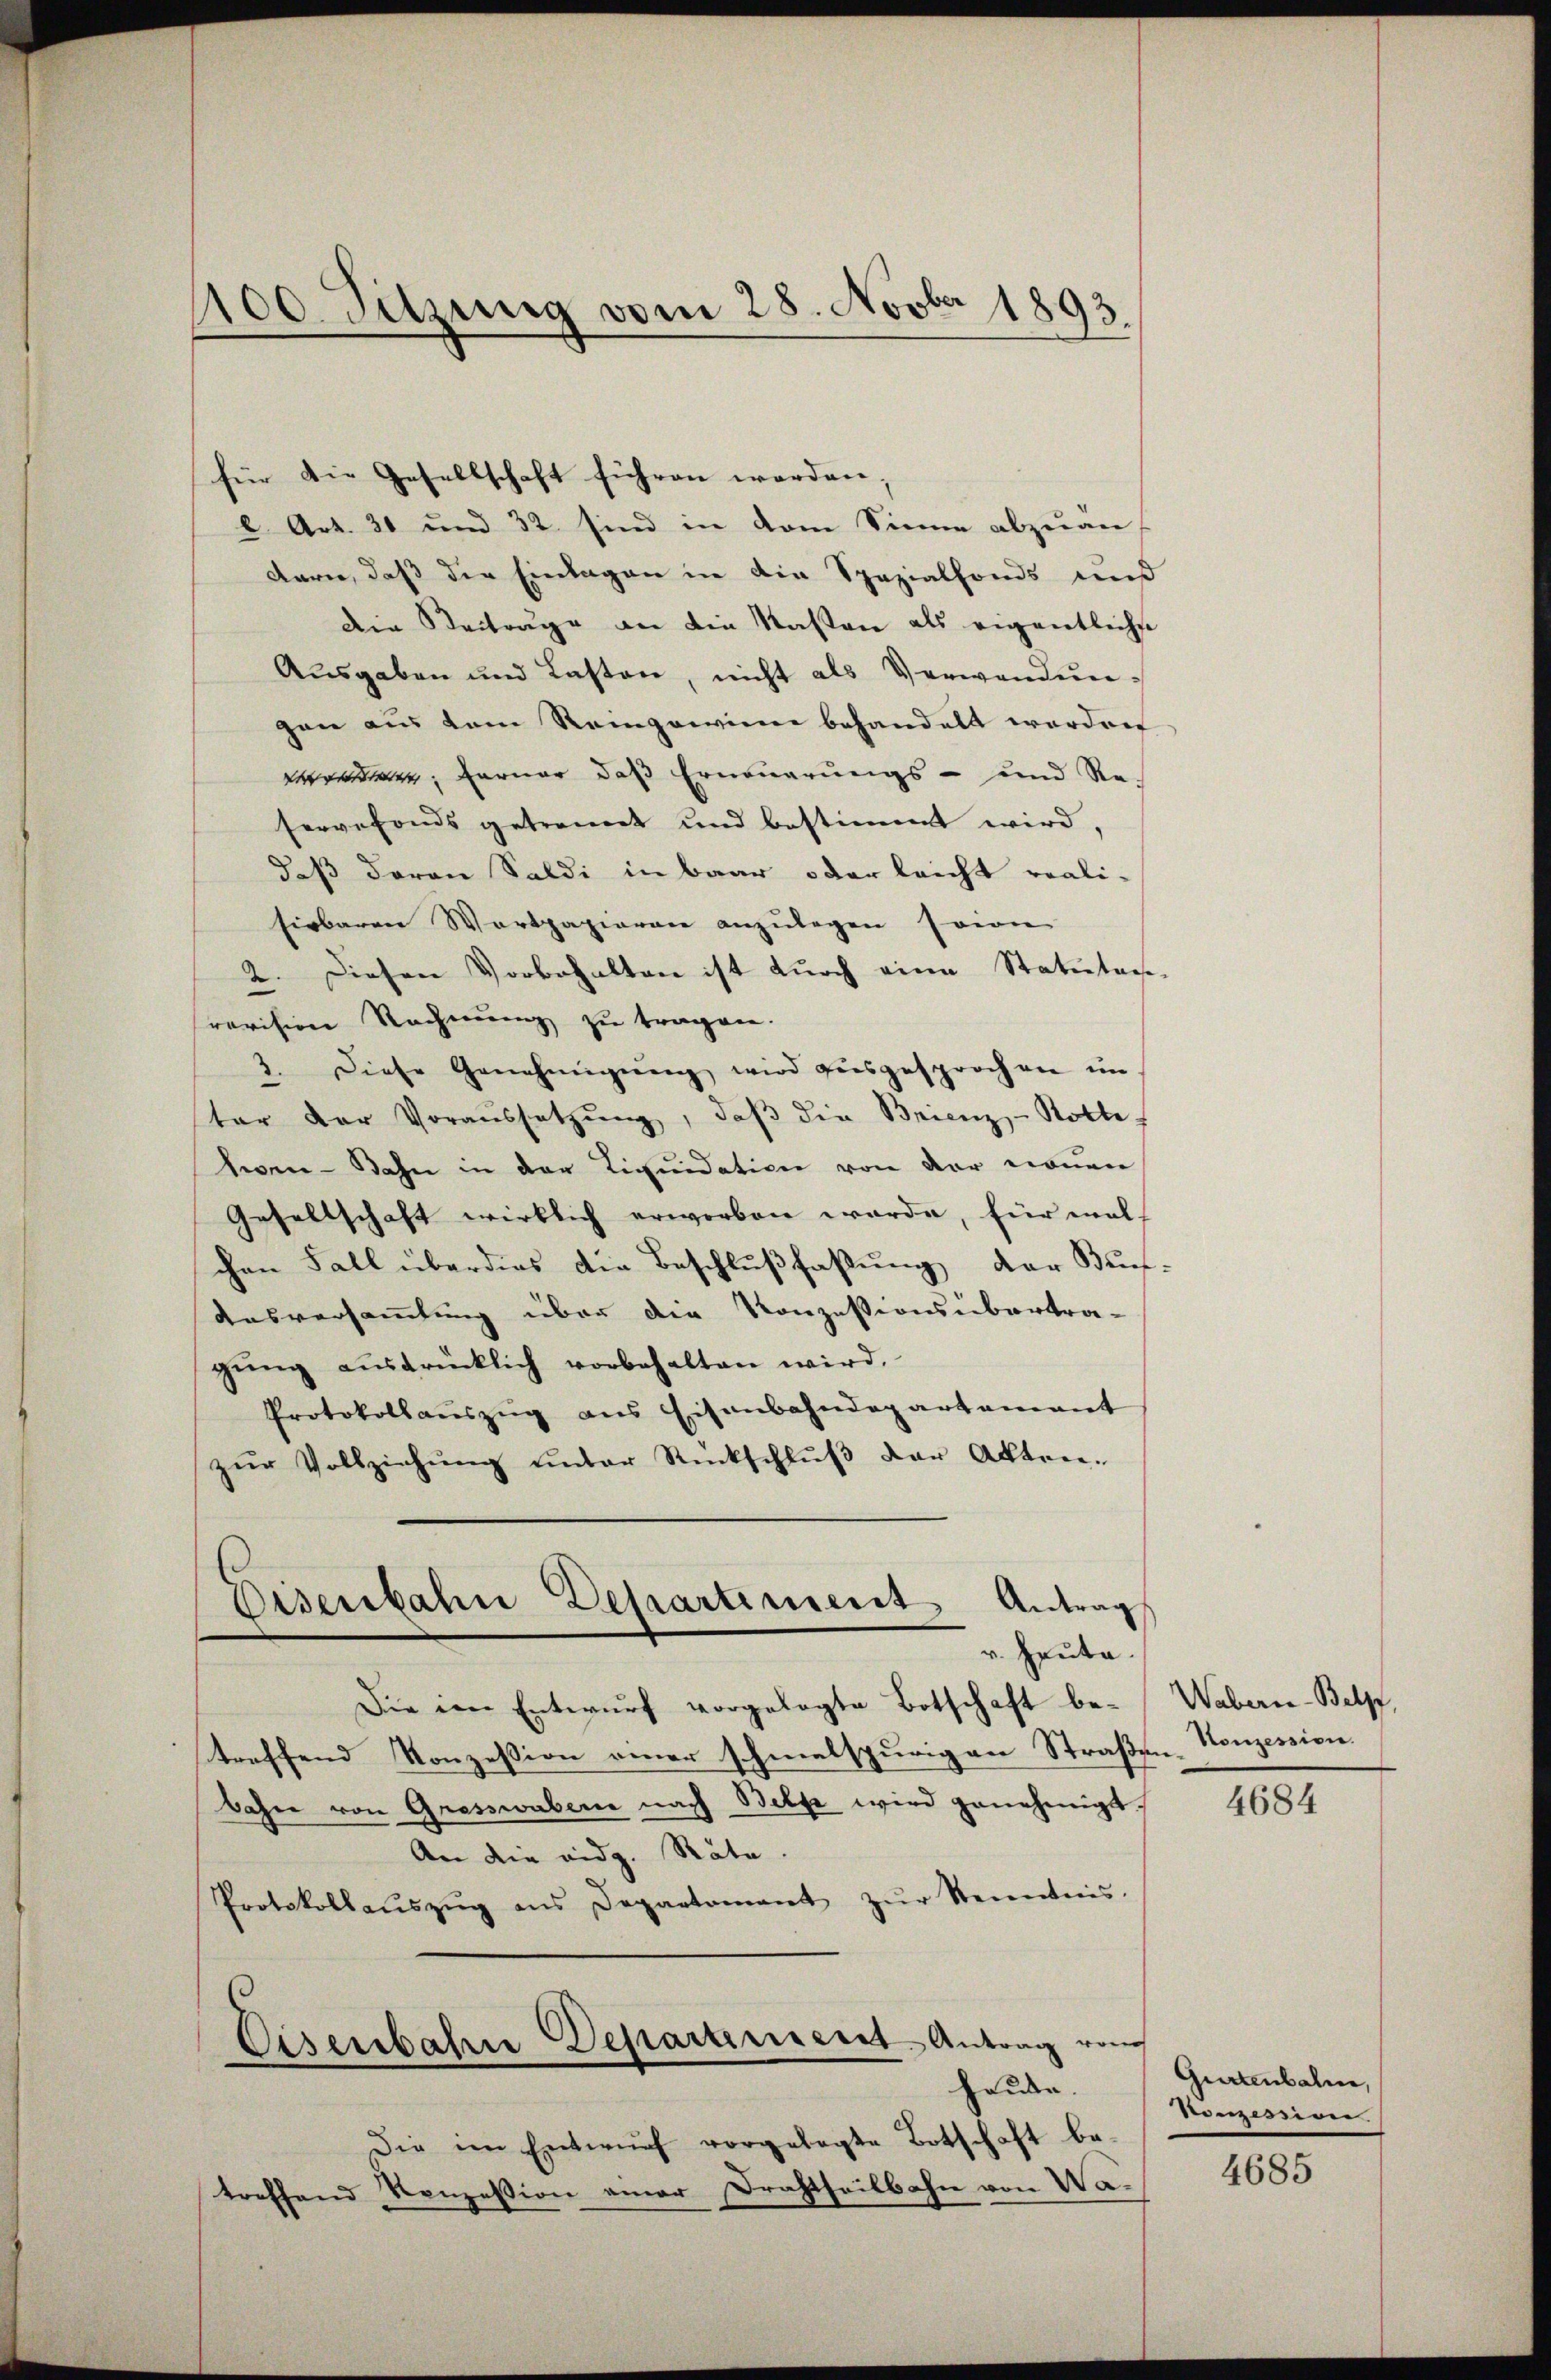
100. Sitzung vom 28. Novber 1893.

l. Art. 20 und 32 sind in dem Sinne abzuan-
Barie, daß die Einlagen in die Spezialfonds und
die Beiträge an die Kasten als eigentlichst
Ausgaben und Lasten, nicht als Verwandungen aus dem Reingewinne behandelt worden
Veränder, Ferner das Erneuerungs- und Re-
servefonds getrennt und bestimmt wird,
daß daran Saldi in baar oder leicht reali-
sirbaren Wertpapieren anzulegen seine
2. Diesen Vorbehalten ist durch eine Statuten
revision Rechnung zu tragen.
3. Diese Genehmigŭng wird ausgesprochen un-
ter der Voraŭssetzŭng, daβ die Brienz- Rolle-
Seen - Bahn in der Liquidation von der neuen
Gesellschaft wirklich erworben werde, für mal
chen Fall überdies die Beschlußfaßung der Buch
Ausversammlung über die Konzessionsübertra-
gŭng aŭsdrücklich vorbehalten wird.
Protokollaŭszŭg ans Eisenbahndepartamant
zŭr Vollziehŭng ŭnter Rückschlŭβ der Akten-
Disenbahne Departement Antrag
v. Heute.
Die im Entwurf vorgelegte Botschaft betreffend Konzession einer schmelspurigen Straßen-Konzession.
bahn von Gresswabern nach Belf wird genehmigt.
An die eidg. Räte.
Protokollaŭszŭg ans Departamant zŭr Kenntnis.
Eisenbahne Departenesent-Antrag vom
heute.
Die im Entwŭrf vorgelegte Botschaft be-
treffend Konzession einer Drahtheilbahn von Wa¬

für die Gesellschaft führen werden. |

Wabern-Belpf

4684

Gurtenbahn,
Konzession.

4685